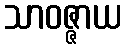
သာဝဇ္ဇာယ